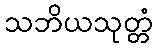
သဘိယသုတ္တံ